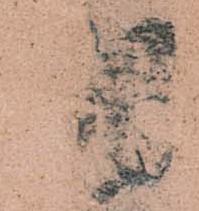
羽